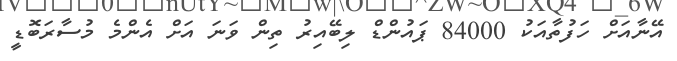
އޭނާއަށް ހަފުތާއަކު 84000 ޕައުންޑް ލިބޭއިރު ތިން ވަނަ އަށް އެންމެ މުސާރަބޮޑީ